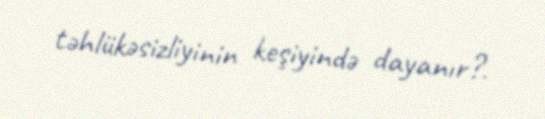
təhlükəsizliyinin keşiyində dayanır?.